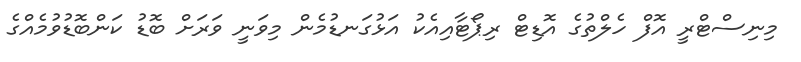
މިނިސްޓްރީ އޮފް ހެލްތުގެ އޮޑިޓް ރިޕޯޓާއިއެކު އަޅުގަނޑުމެން މިވަނީ ވަރަށް ބޮޑު ކަންބޮޑުވުމެއްގެ